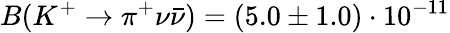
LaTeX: B(K^{+}\rightarrow\pi^{+}\nu\bar{\nu})=(5.0\pm 1.0)\cdot 10^{-11}